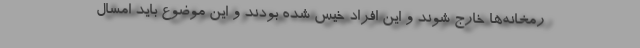
رمخانه‌ها خارج شوند و این افراد خیس شده بودند و این موضوع باید امسال